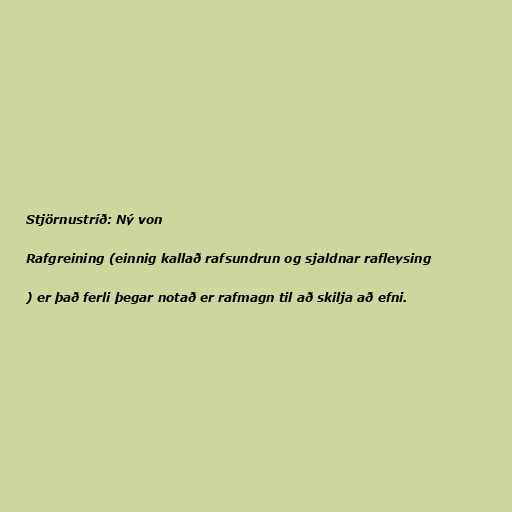
Stjörnustríð: Ný von

Rafgreining (einnig kallað rafsundrun og sjaldnar rafleysing

) er það ferli þegar notað er rafmagn til að skilja að efni.